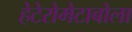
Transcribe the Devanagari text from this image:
हेटेरोमेटाबोला